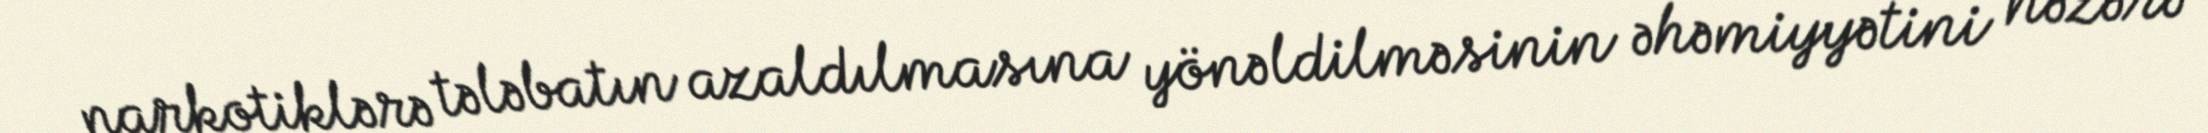
narkotiklərə tələbatın azaldılmasına yönəldilməsinin əhəmiyyətini nəzərə